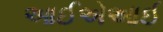
આઈએઆઈ